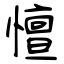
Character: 憻